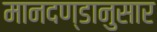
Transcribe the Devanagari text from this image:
मानदण्डानुसार